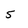
Character: 5